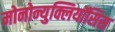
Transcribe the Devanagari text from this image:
मोनोन्युक्लियॉसिस